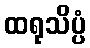
ထရုသိပ္ပံ